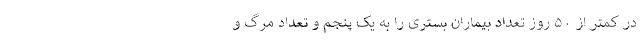
در کمتر از ۵۰ روز تعداد بیماران بستری را به یک پنجم و تعداد مرگ و